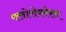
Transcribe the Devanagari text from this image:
फ्लोरोफोरस